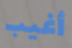
أغيب